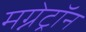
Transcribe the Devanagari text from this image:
मग्नेट्रॉन